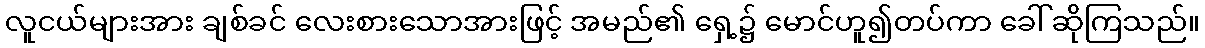
လူငယ်များအား ချစ်ခင် လေးစားသောအားဖြင့် အမည်၏ ရှေ့၌ မောင်ဟူ၍တပ်ကာ ခေါ်ဆိုကြသည်။